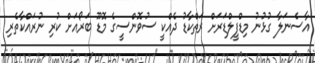
އާސެނަލާ ގުޅުނު މިޑްފީލްޑަރަށް ރަތްކާޑު ދެއްކީ ސުވޮންސީގެ މޮޑޫ ބަރޯއަށް ކުރި ނުރައްކާތެރި